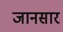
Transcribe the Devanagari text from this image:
जानसार